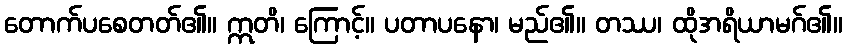
တောက်ပစေတတ်၏။ ဣတိ၊ ကြောင့်။ ပတာပနော၊ မည်၏။ တဿ၊ ထိုအရိယာမဂ်၏။